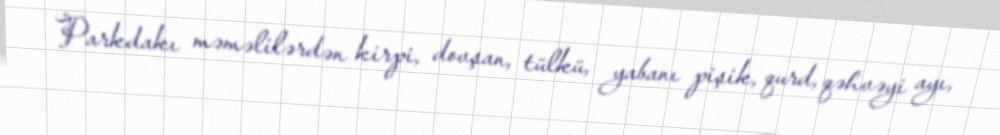
Parkdakı məməlilərdən kirpi, dovşan, tülkü, yabanı pişik, qurd, qəhvəyi ayı,